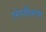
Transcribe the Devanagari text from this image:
एरोनॉटिकाच्या